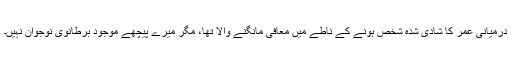
درمیانی عمر کا شادی شدہ شخص ہونے کے ناطے میں معافی مانگنے والا تھا، مگر میرے پیچھے موجود برطانوی نوجوان نہیں۔